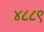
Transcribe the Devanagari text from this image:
४८८९